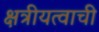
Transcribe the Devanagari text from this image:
क्षत्रीयत्वाची